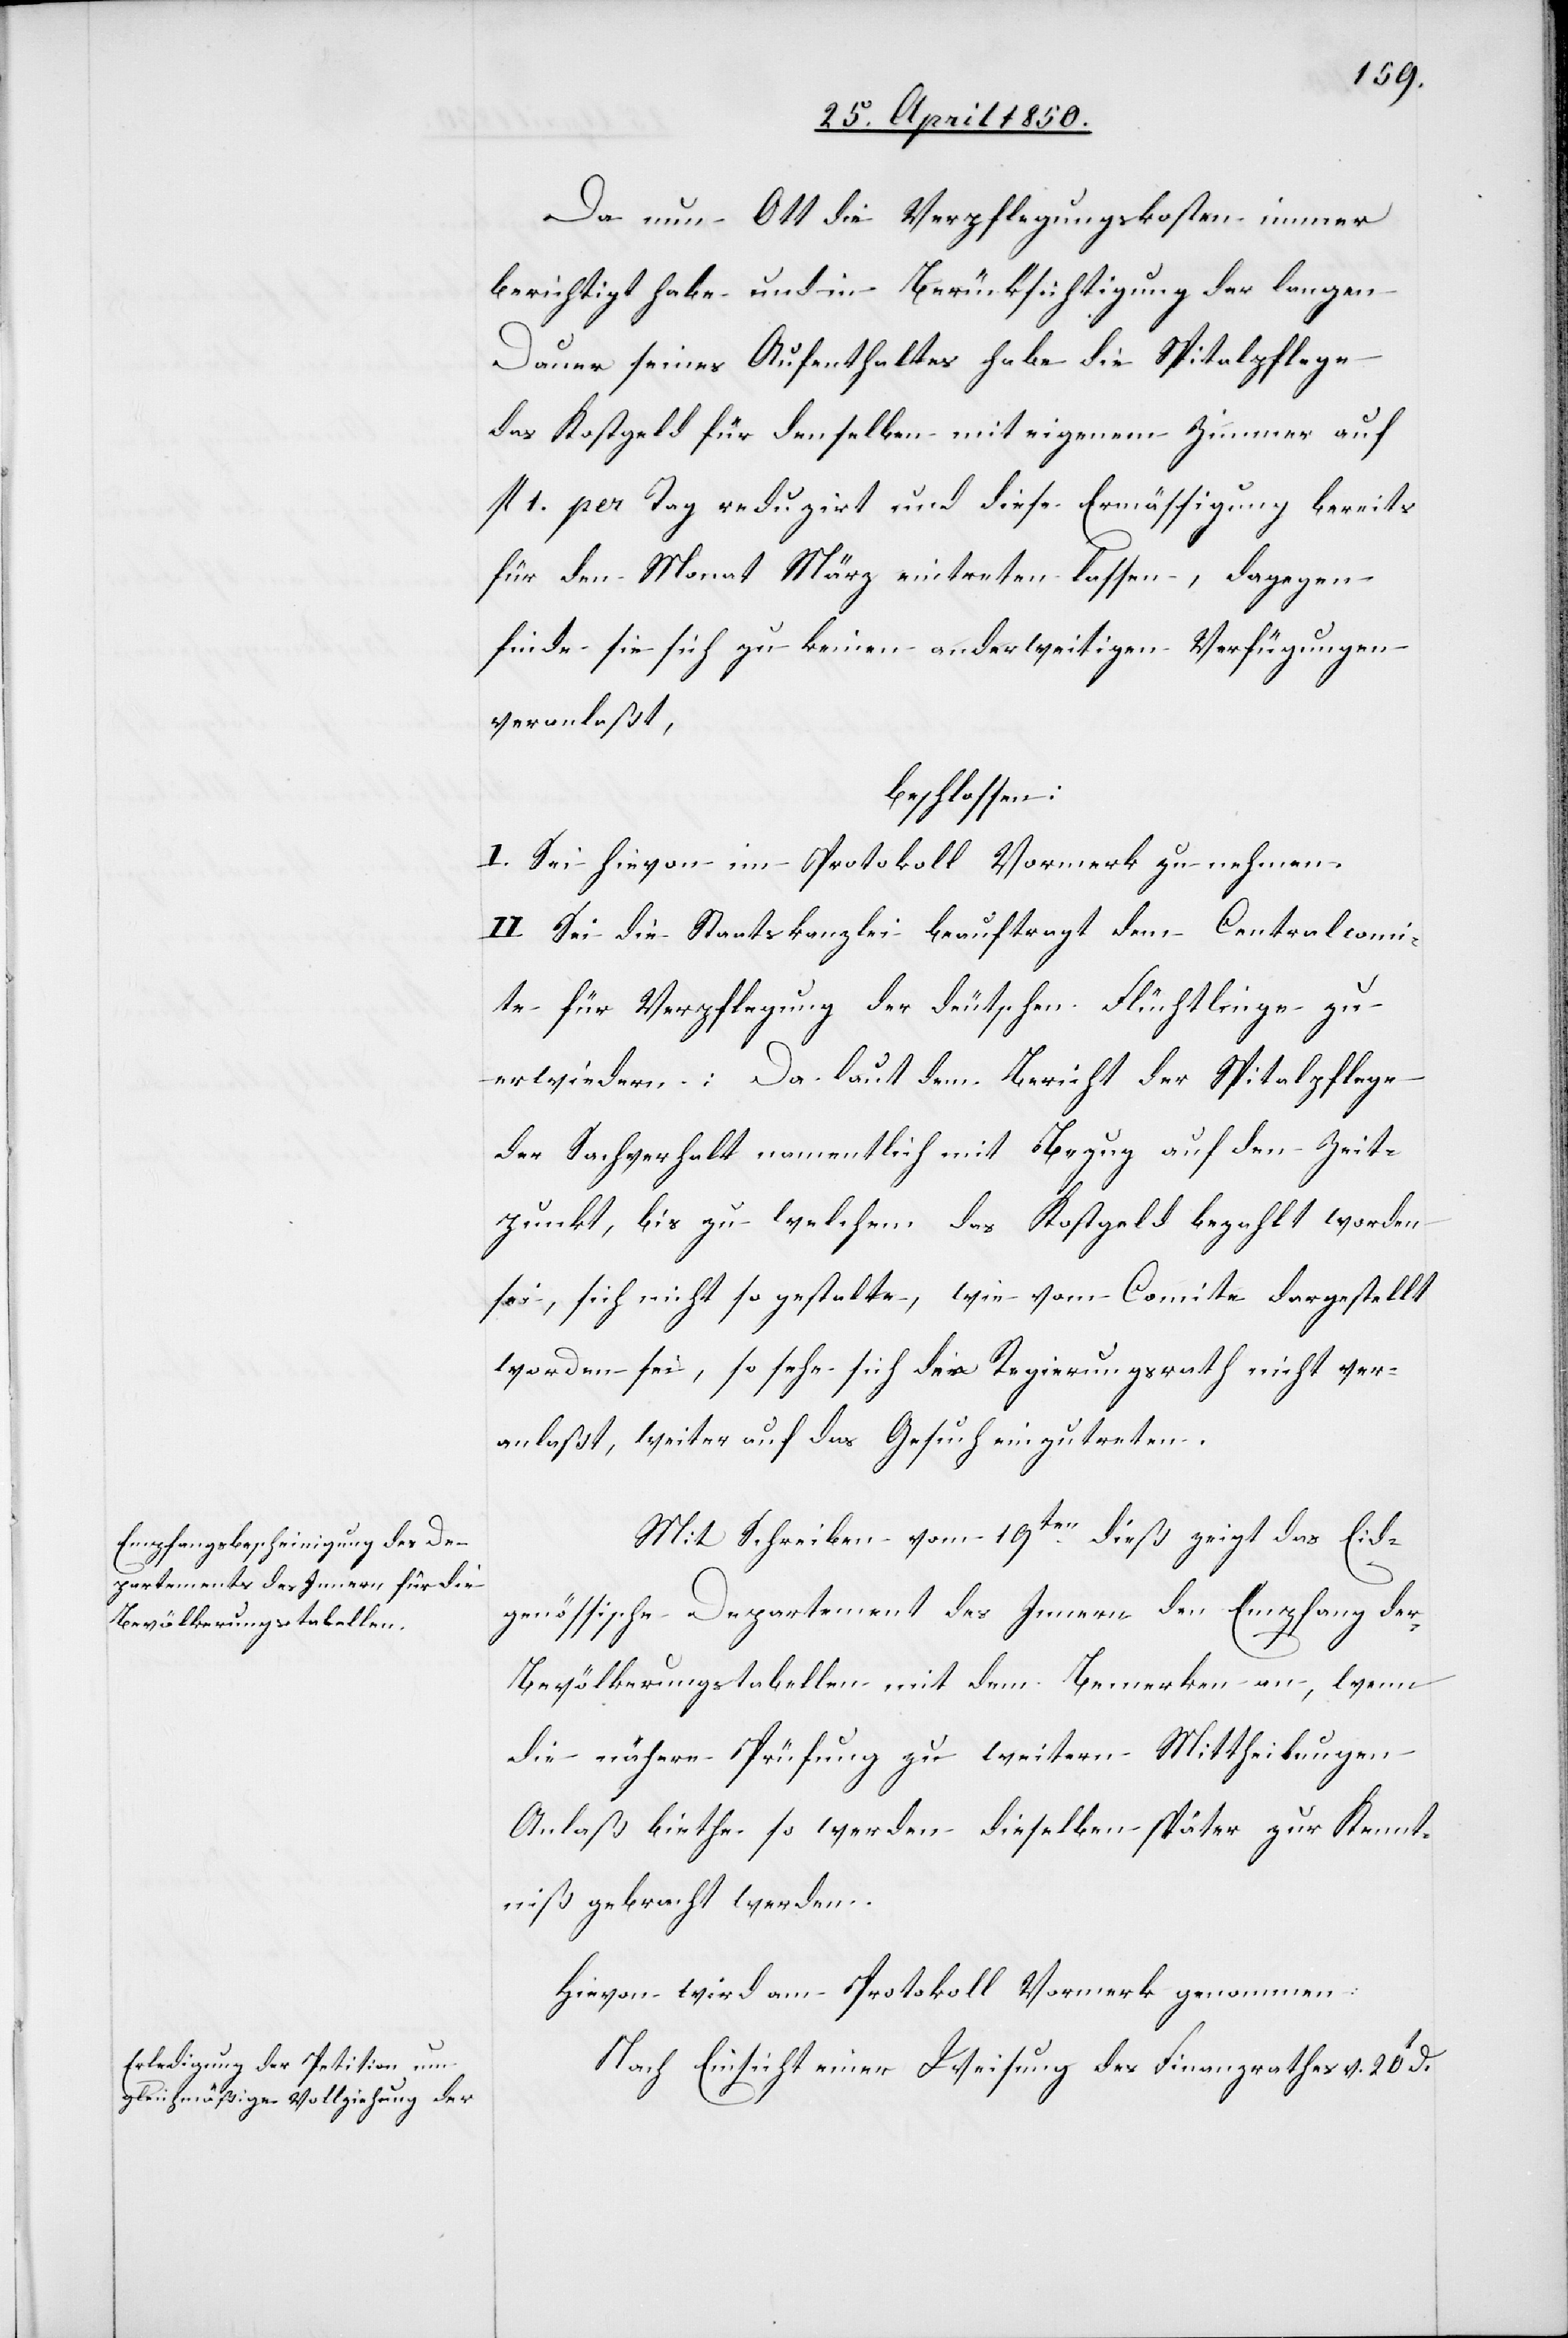
Da nun Ott die Verpflegungskosten immer
berichtigt habe und in Berücksichtigung der langen
Dauer seines Aufenthaltes habe die Spitalpflege
das Kostgeld für denselben mit eigenem Zimmer auf
fl 1. per Tag reduzirt und diese Ermässigung bereits
für den Monat März eintreten lassen, dagegen
finde sie sich zu keinen anderweitigen Verfügungen
veranlaßt,
beschlossen:
I. Sei hievon im Protokoll Vormerk zu nehmen.
II. Sei die Staatskanzlei beauftragt dem Centralcomi¬
te für Verpflegung der deutschen Flüchtlinge zu
erwiedern: Da laut dem Bericht der Spitalpflege
der Sachverhalt namentlich mit Bezug auf den Zeit¬
punkt, bis zu welchem das Kostgeld bezahlt worden
sei, sich nicht so gestalte, wie vom Comite dargestellt
worden sei, so sehe sich der Regierungsrath nicht ver¬
anlaßt, weiter auf das Gesuch einzutreten.
Mit Schreiben vom 19ten dieß zeigt das Eid¬
genössische Departement des Innen den Empfang der
Bevölkerungstabellen mit dem Bemerken an, wenn
die nähere Prüfung zu weitern Mittheilungen
Anlaß biethe so werden dieselben später zur Kennt¬
niß gebracht werden.
Hievon wird am Protokoll Vormerk genommen.
Nach Einsicht einer Weisung des Finanzrathes v. 20t d.